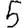
Digit: 5